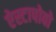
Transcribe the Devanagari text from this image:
ऐस्टापोवो